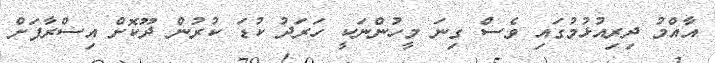
އާއްމު ދިރިއުޅުމުގައި ވެސް ގިނަ މީހުންނަކީ ހަރަދު ކުޑަ ކުރުން ދޫކޮށް އިސްރާފަށް